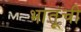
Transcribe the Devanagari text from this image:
भातूंची